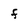
Character: f